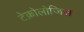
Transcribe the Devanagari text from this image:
टेक्नोलोजिस